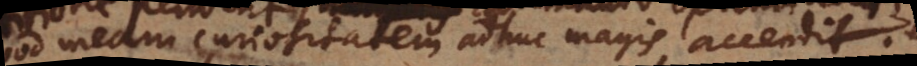
Quod meam curiositatem adhuc magis accendit.